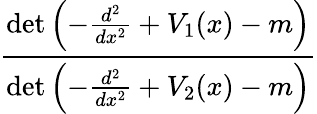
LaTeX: \frac{\operatorname*{det}\left(-{\frac{d^{2}}{dx^{2}}}+V_{1}(x)-m\right)}{\operatorname*{det}\left(-{\frac{d^{2}}{dx^{2}}}+V_{2}(x)-m\right)}